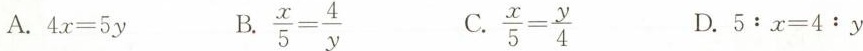
A.$$4 x = 5 y$$ B.$$\frac { x } { 5 } =